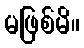
မဖြစ်မိ။